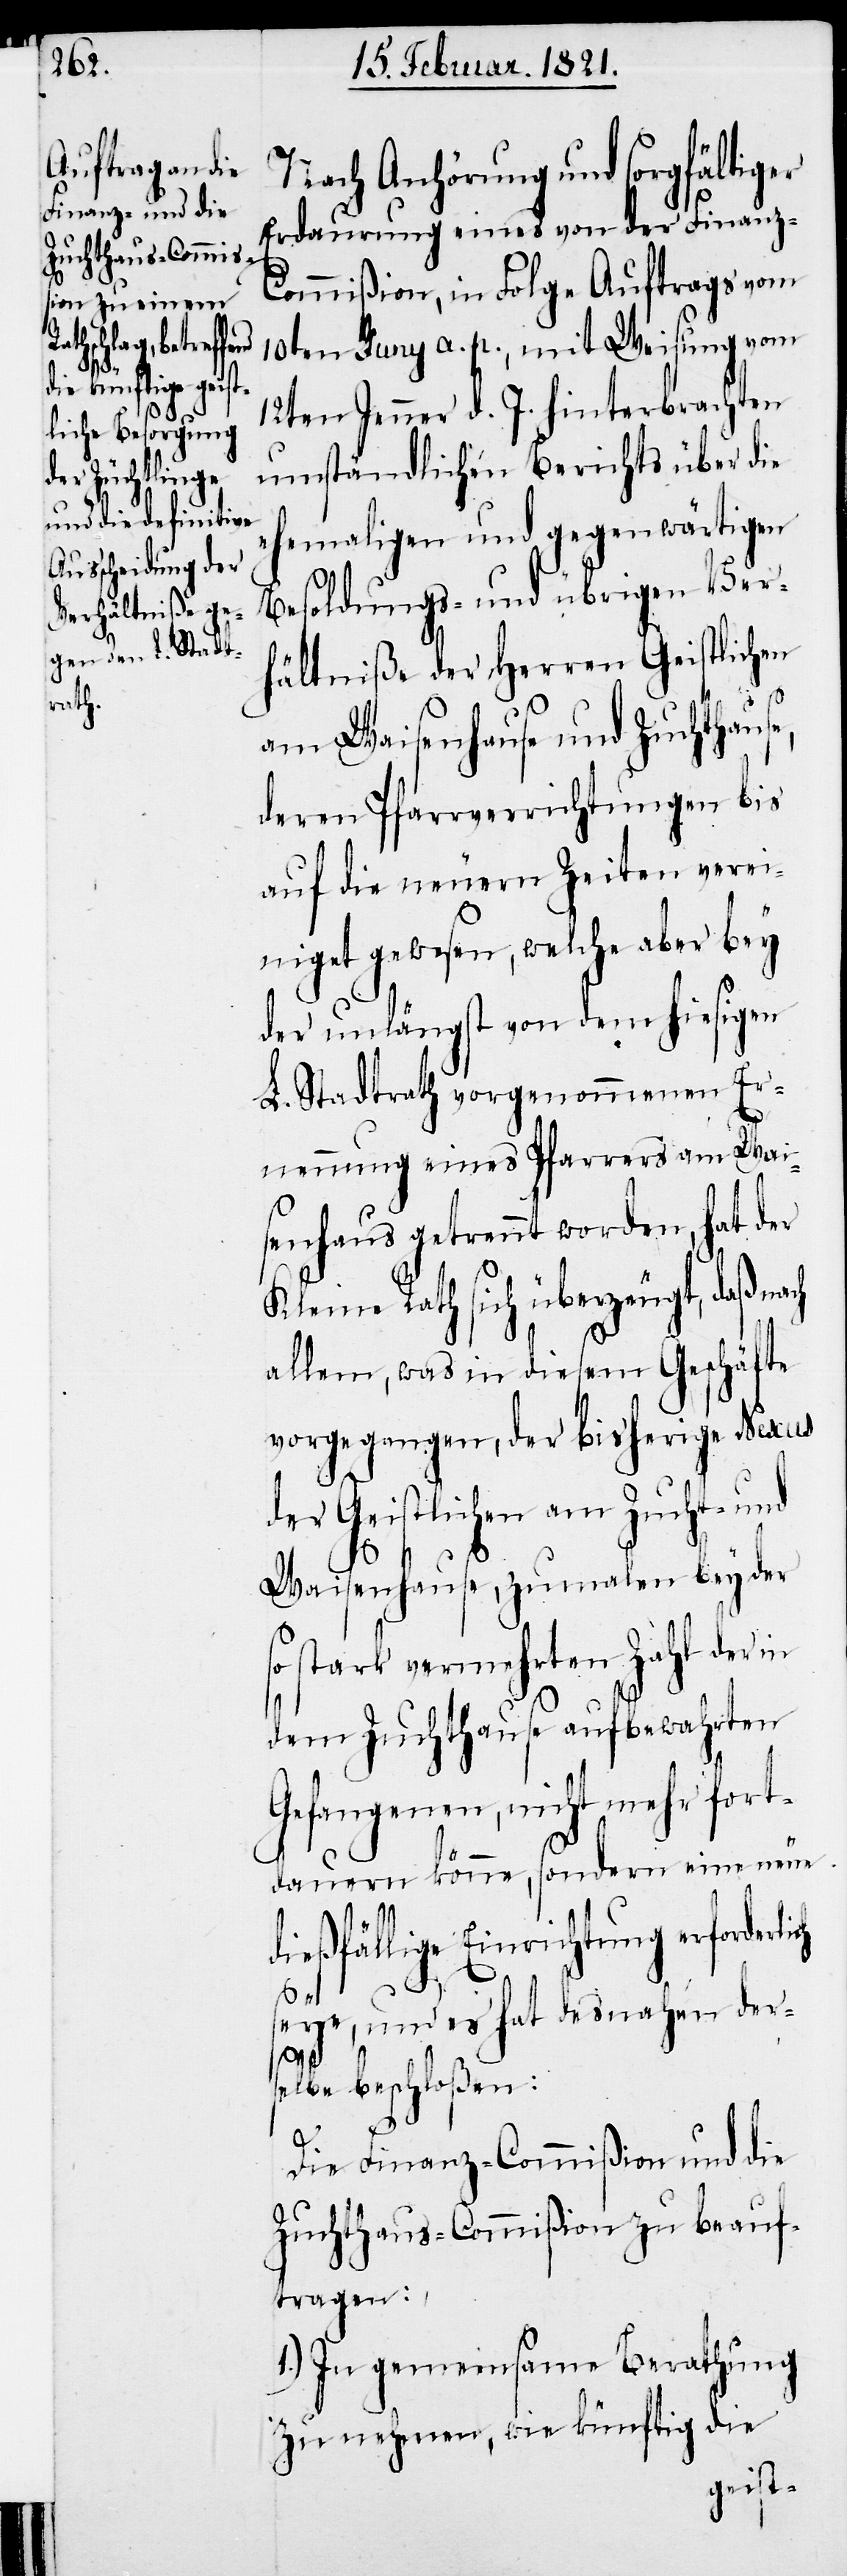
Nach Anhörung und sorgfältiger
Erdaurung eines von der Finanz-C¬
ommißion, in Folge Auftrags vom
10ten Juny a. p., mit Weisung vom
12ten Jenner d. J. hinterbrachten
umständlichen Berichts über die
ehemaligen und gegenwärtigen
Besoldungs- und übrigen Ver¬
hältniße der Herren Geistlichen
am Waisenhause und Zuchthause,
deren Pfarrverrichtungen bis
auf die neuern Zeiten verei¬
nigt gewesen, welche aber bey
der unlängst von dem hiesigen
L. Stadtrath vorgenommenen Er¬
nennung eines Pfarrers am Wai¬
senhaus getrennt worden, hat der
Kleine Rath sich überzeugt, daß na¬
allem, was in diesem Geschäfte
vorgegangen, der bisherige Nexus
der Geistlichen am Zucht- und
Waisenhause, zumahlen bey der
so stark vermehrten Zahl der in
dem Zuchthause aufbewahrten
Gefangenen, nicht mehr fort¬
dauern könne, sondern eine neue
dießfällige Einrichtung erforderli¬
ch
seye, und es hat desnahen der¬
selbe beschloßen:
Die Finanz-Commißion und die
Zuchthaus-Commißion zu beauf¬
tragen:
1.) In gemeinsame Berathung
zu nehmen, wie künftig die